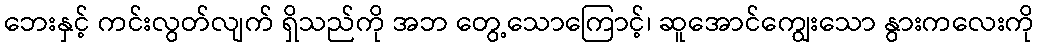
ဘေးနှင့် ကင်းလွတ်လျက် ရှိသည်ကို အဘ တွေ့သောကြောင့်၊ ဆူအောင်ကျွေးသော နွားကလေးကို